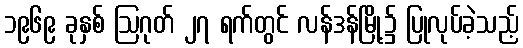
၁၉၆၉ ခုနှစ် ဩဂုတ် ၂၇ ရက်တွင် လန်ဒန်မြို့၌ ပြုလုပ်ခဲ့သည့်